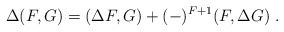
\begin{align*}\Delta (F,G) =(\Delta F,G)+(-)^{F+1}(F,\Delta G)\ .\end{align*}